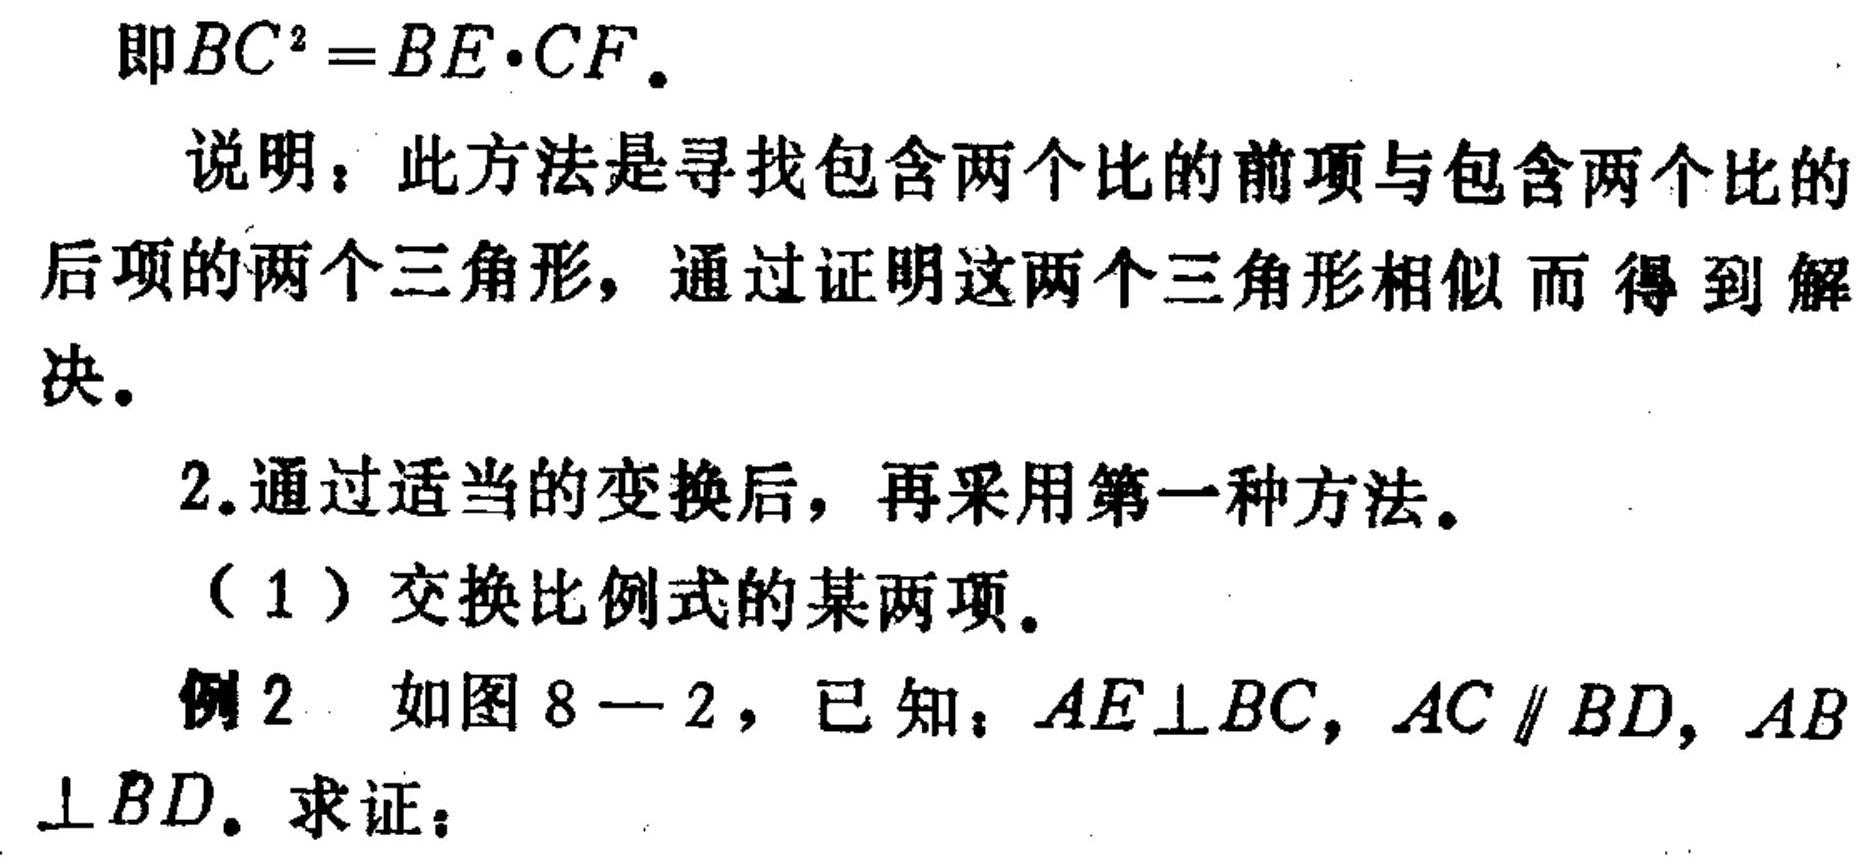
即\(BC^{2}=BE\cdot CF\)。
说明：此方法是寻找包含两个比的前项与包含两个比的后项的两个三角形，通过证明这两个三角形相似而得到解决。
2.通过适当的变换后，再采用第一种方法。
（1）交换比例式的某两项。
例2 如图8—2，已知：\(AE\perp BC\)，\(AC\parallel BD\)，\(AB\perp BD\)。求证：